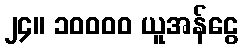
၂၄။ ၁၀၀၀၀ ယူအန်ငွေ